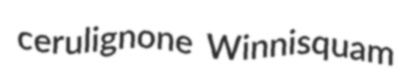
cerulignone Winnisquam